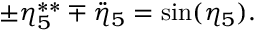
\pm \eta _ { 5 } ^ { \ast \ast } \mp \ddot { \eta } _ { 5 } = \sin ( \eta _ { 5 } ) .